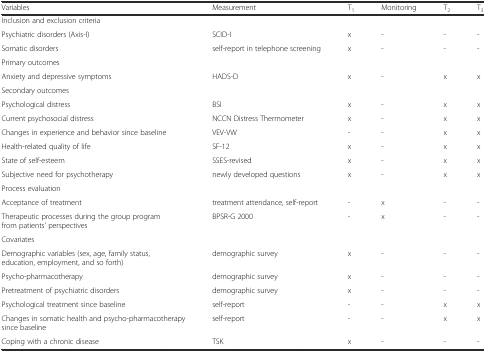
<table><thead><tr><td><b>Variables</b></td><td><b>Measurement</b></td><td><b>T<sub>1</sub></b></td><td><b>Monitoring</b></td><td><b>T<sub>2</sub></b></td><td><b>T<sub>3</sub></b></td></tr></thead><tbody><tr><td>Inclusion and exclusion criteria</td><td>[EMPTY_CELL]</td><td>[EMPTY_CELL]</td><td>[EMPTY_CELL]</td><td>[EMPTY_CELL]</td><td>[EMPTY_CELL]</td></tr><tr><td>Psychiatric disorders (Axis-I)</td><td>SCID-I</td><td>x</td><td>-</td><td>-</td><td>-</td></tr><tr><td>Somatic disorders</td><td>self-report in telephone screening</td><td>x</td><td>-</td><td>-</td><td>-</td></tr><tr><td>Primary outcomes</td><td>[EMPTY_CELL]</td><td>[EMPTY_CELL]</td><td>[EMPTY_CELL]</td><td>[EMPTY_CELL]</td><td>[EMPTY_CELL]</td></tr><tr><td>Anxiety and depressive symptoms</td><td>HADS-D</td><td>x</td><td>-</td><td>x</td><td>x</td></tr><tr><td>Secondary outcomes</td><td>[EMPTY_CELL]</td><td>[EMPTY_CELL]</td><td>[EMPTY_CELL]</td><td>[EMPTY_CELL]</td><td>[EMPTY_CELL]</td></tr><tr><td>Psychological distress</td><td>BSI</td><td>x</td><td>-</td><td>x</td><td>x</td></tr><tr><td>Current psychosocial distress</td><td>NCCN Distress Thermometer</td><td>x</td><td>-</td><td>x</td><td>x</td></tr><tr><td>Changes in experience and behavior since baseline</td><td>VEV-VW</td><td>-</td><td>-</td><td>x</td><td>x</td></tr><tr><td>Health-related quality of life</td><td>SF-12</td><td>x</td><td>-</td><td>x</td><td>x</td></tr><tr><td>State of self-esteem</td><td>SSES-revised</td><td>x</td><td>-</td><td>x</td><td>x</td></tr><tr><td>Subjective need for psychotherapy</td><td>newly developed questions</td><td>x</td><td>-</td><td>x</td><td>x</td></tr><tr><td>Process evaluation</td><td>[EMPTY_CELL]</td><td>[EMPTY_CELL]</td><td>[EMPTY_CELL]</td><td>[EMPTY_CELL]</td><td>[EMPTY_CELL]</td></tr><tr><td>Acceptance of treatment</td><td>treatment attendance, self-report</td><td>-</td><td>x</td><td>-</td><td>-</td></tr><tr><td>Therapeutic processes during the group program from patients’ perspectives</td><td>BPSR-G 2000</td><td>-</td><td>x</td><td>-</td><td>-</td></tr><tr><td>Covariates</td><td>[EMPTY_CELL]</td><td>[EMPTY_CELL]</td><td>[EMPTY_CELL]</td><td>[EMPTY_CELL]</td><td>[EMPTY_CELL]</td></tr><tr><td>Demographic variables (sex, age, family status, education, employment, and so forth)</td><td>demographic survey</td><td>x</td><td>-</td><td>-</td><td>-</td></tr><tr><td>Psycho-pharmacotherapy</td><td>demographic survey</td><td>x</td><td>-</td><td>-</td><td>-</td></tr><tr><td>Pretreatment of psychiatric disorders</td><td>demographic survey</td><td>x</td><td>-</td><td>-</td><td>-</td></tr><tr><td>Psychological treatment since baseline</td><td>self-report</td><td>-</td><td>-</td><td>x</td><td>x</td></tr><tr><td>Changes in somatic health and psycho-pharmacotherapy since baseline</td><td>self-report</td><td>-</td><td>-</td><td>x</td><td>x</td></tr><tr><td>Coping with a chronic disease</td><td>TSK</td><td>x</td><td>-</td><td>-</td><td>-</td></tr></tbody></table>